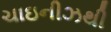
ચાઇનીઝથી